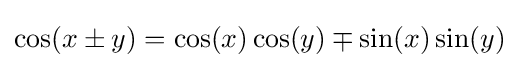
\cos(x\pm y)=\cos(x)\cos(y)\mp \sin(x)\sin(y)